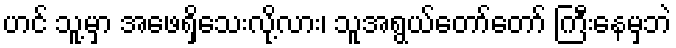
ဟင် သူ့မှာ အဖေရှိသေးလို့လား၊ သူအရွယ်တော်တော် ကြီးနေမှဘဲ